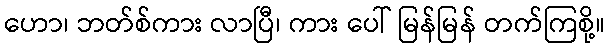
ဟော၊ ဘတ်စ်ကား လာပြီ၊ ကား ပေါ် မြန်မြန် တက်ကြစို့။